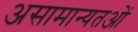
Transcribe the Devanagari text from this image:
असामान्यतओं